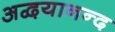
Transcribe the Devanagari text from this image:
अद्वयानन्द